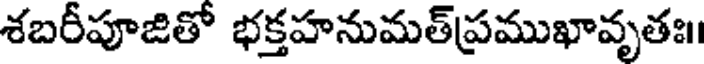
శబరీపూజితో భక్తహనుమత్ప్రముఖావృతః।